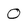
Character: 0